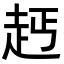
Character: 𧺪